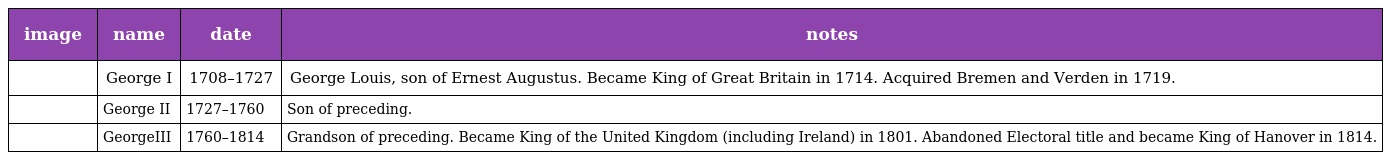
| image | name | date | notes |
 | --- | --- | --- | --- |
 |  | George I | 1708–1727 | George Louis, son of Ernest Augustus. Became King of Great Britain in 1714. Acquired Bremen and Verden in 1719. |
 |  | George II | 1727–1760 | Son of preceding. |
 |  | GeorgeIII | 1760–1814 | Grandson of preceding. Became King of the United Kingdom (including Ireland) in 1801. Abandoned Electoral title and became King of Hanover in 1814. |